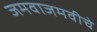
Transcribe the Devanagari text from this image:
जमवाजमवीचे